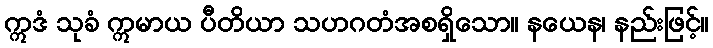
ဣဒံ သုခံ ဣမာယ ပီတိယာ သဟဂတံအစရှိသော။ နယေန၊ နည်းဖြင့်။